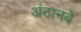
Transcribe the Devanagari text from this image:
अंठानबे